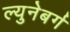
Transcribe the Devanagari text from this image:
ल्युनेबर्ग